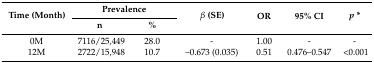
<table><thead><tr><td rowspan="2"><b>Time (Month)</b></td><td colspan="2"><b>Prevalence</b></td><td rowspan="2"><b><i>β</i> (SE)</b></td><td rowspan="2"><b>OR</b></td><td rowspan="2"><b>95% CI</b></td><td rowspan="2"><b><i>p</i> *</b></td></tr><tr><td><b>n</b></td><td><b>%</b></td></tr></thead><tbody><tr><td>0M</td><td>7116/25,449</td><td>28.0</td><td>-</td><td>1.00</td><td>-</td><td>-</td></tr><tr><td>12M</td><td>2722/15,948</td><td>10.7</td><td>–0.673 (0.035)</td><td>0.51</td><td>0.476–0.547</td><td>&lt;0.001</td></tr></tbody></table>